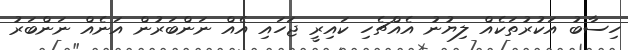
ހިސާބު އަކުރުތަކެއް ލިޔުނު އެއްޗެހި ކައިރީ ޖަހައި އެއް ނަންބަރުން އަނެއް ނަންބަރު